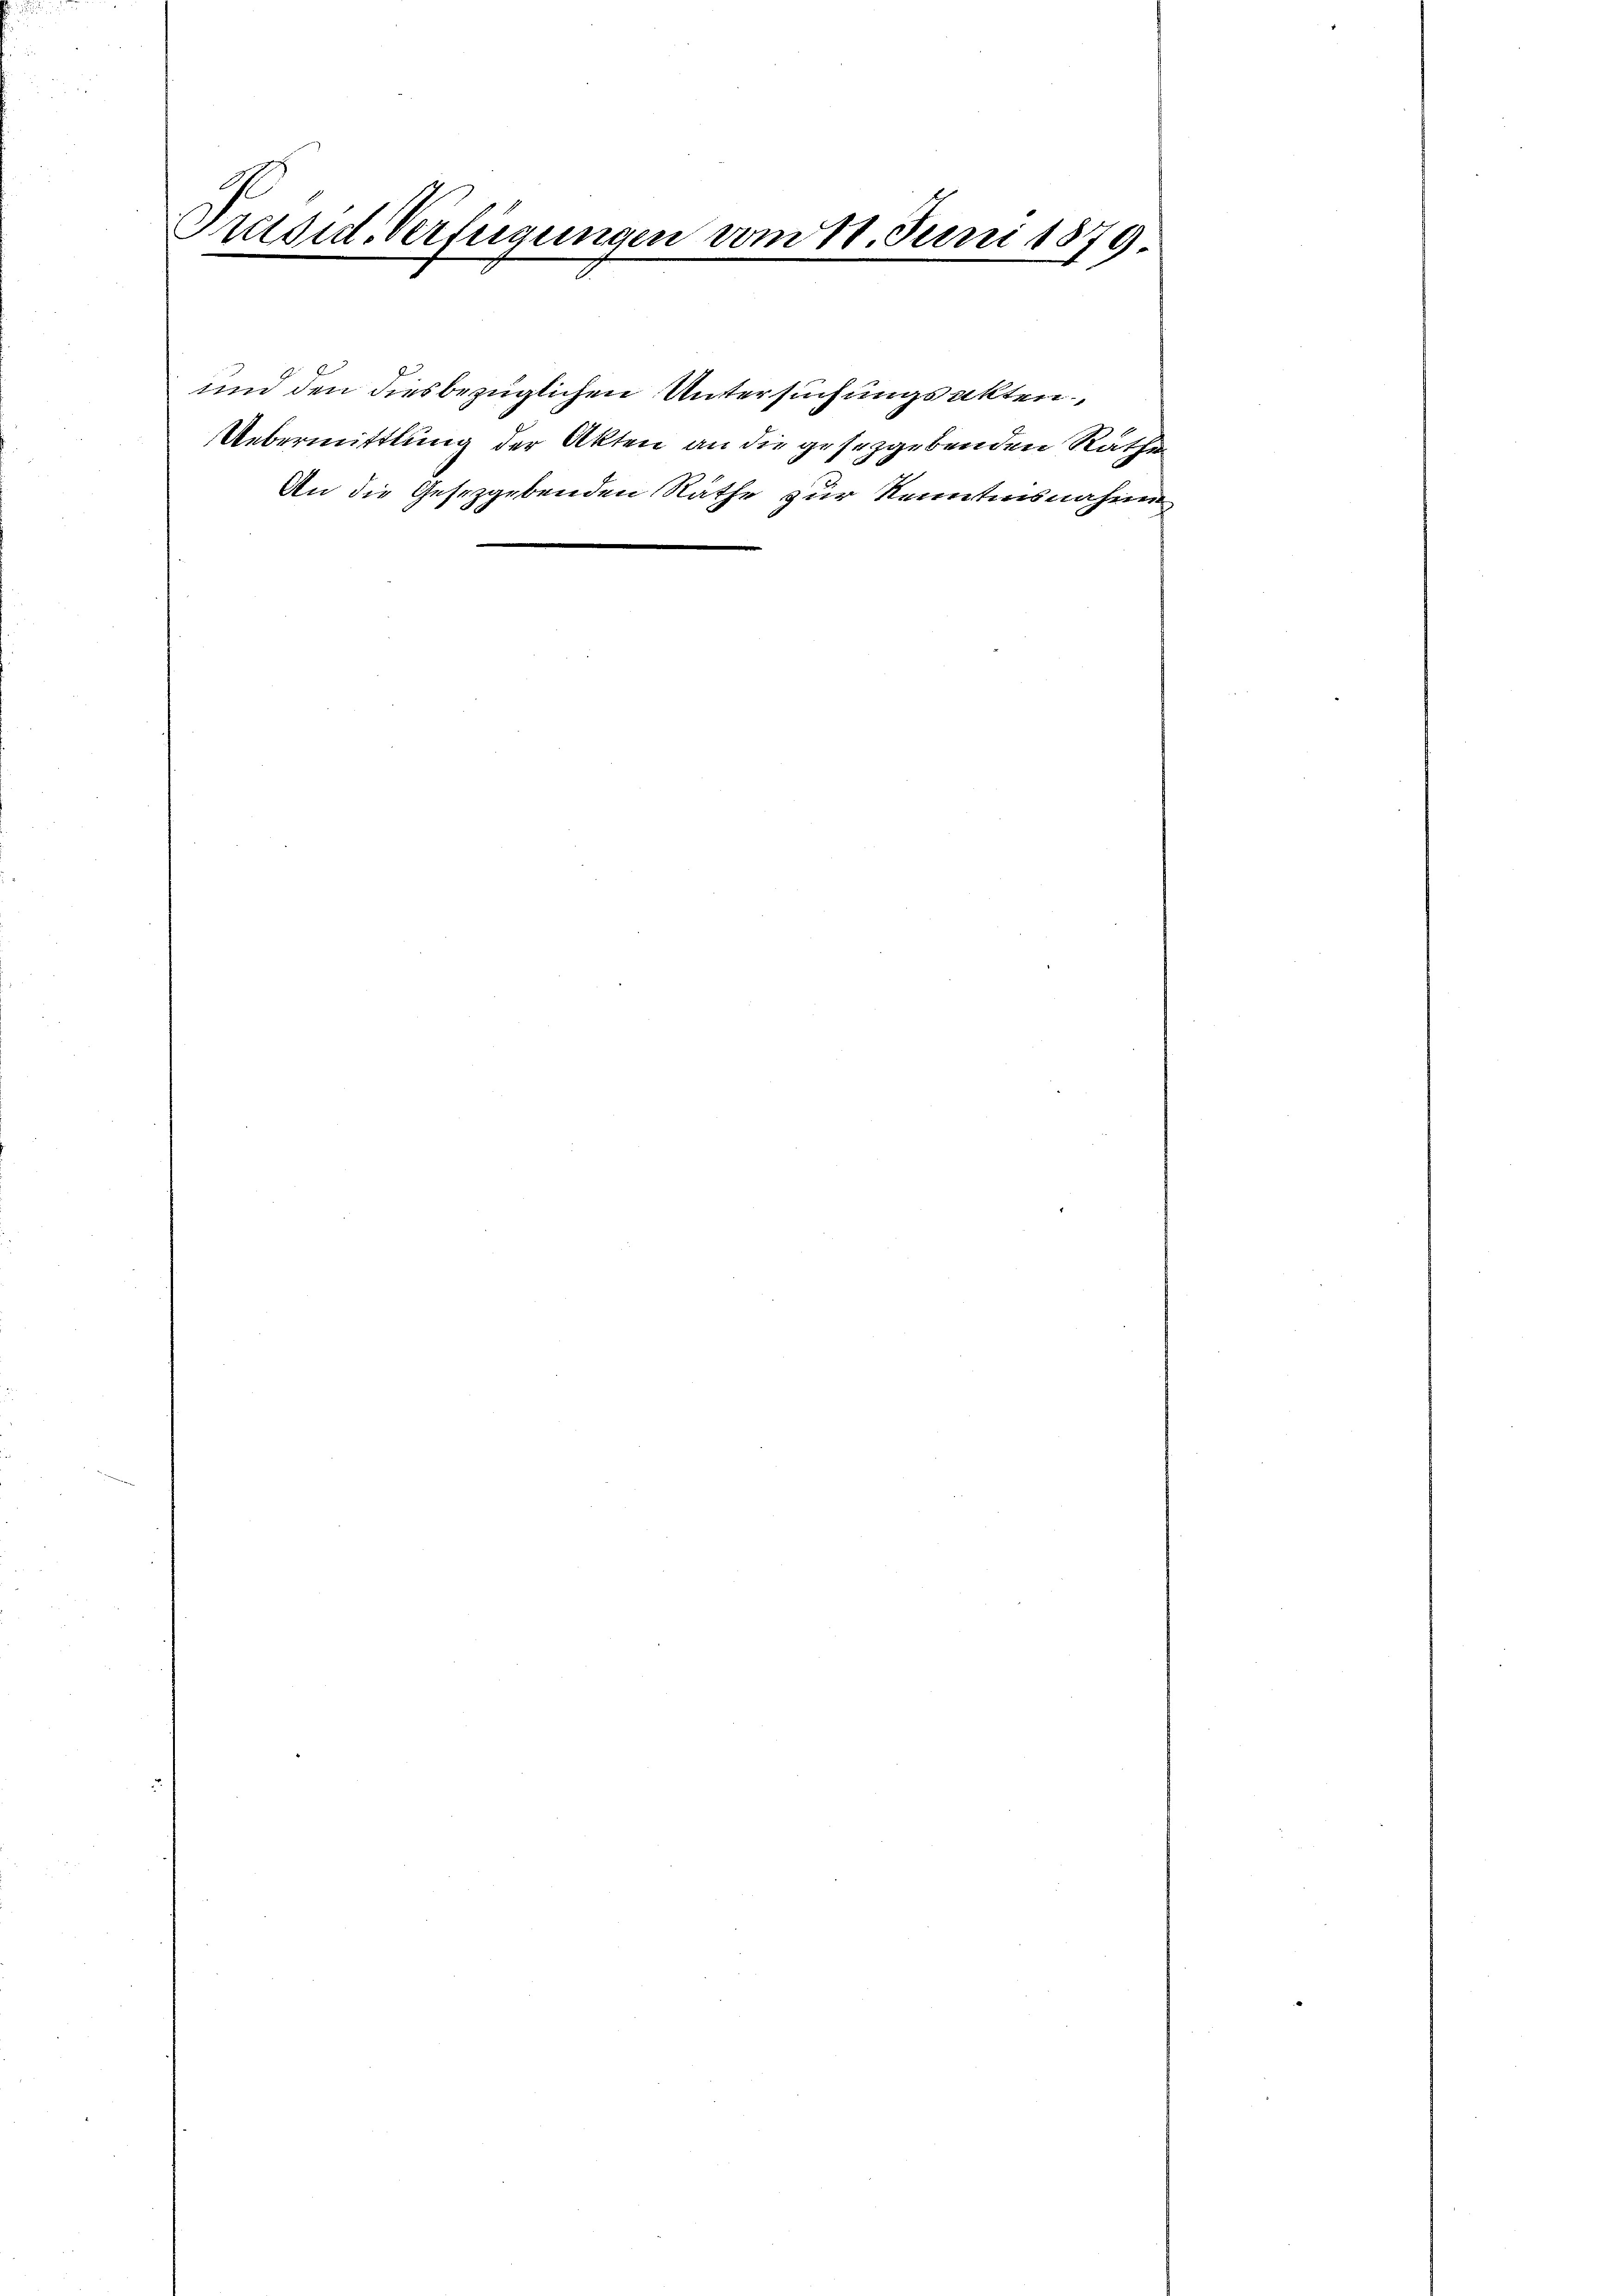
Präsid. Verfügungen vom 11. Juni 1879

An die Gesetzgebenden Räthe zur Kenntnisnahme
e

und den diesbezüglichen Untersuchungsakten

Uebermittlung der Akten an die gesetzgebenden Räthe